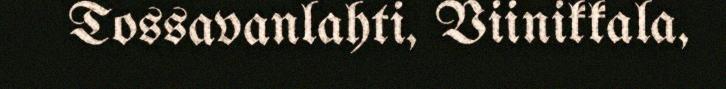
Tossavanlahti, Viinikkala,